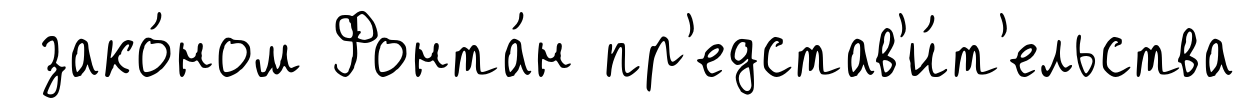
зако́ном Фонта́н пр'едстав'и́т'ельства